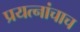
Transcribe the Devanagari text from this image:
प्रयत्‍नांचाच